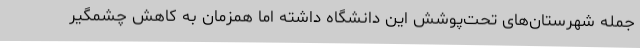
جمله شهرستان‌های تحت‌پوشش این دانشگاه داشته اما همزمان به کاهش چشمگیر